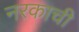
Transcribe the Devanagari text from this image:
नरकाची